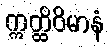
ဣတ္ထိဝိမာနံ